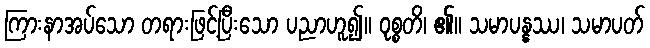
ကြားနာအပ်သော တရားဖြင့်ပြီးသော ပညာဟူ၍။ ဝုစ္စတိ၊ ၏။ သမာပန္နဿ၊ သမာပတ်